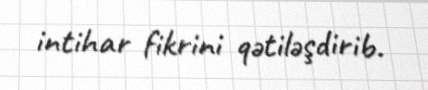
intihar fikrini qətiləşdirib.